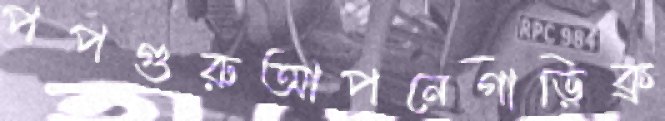
পপগুরুআপনেগাড়িক্র